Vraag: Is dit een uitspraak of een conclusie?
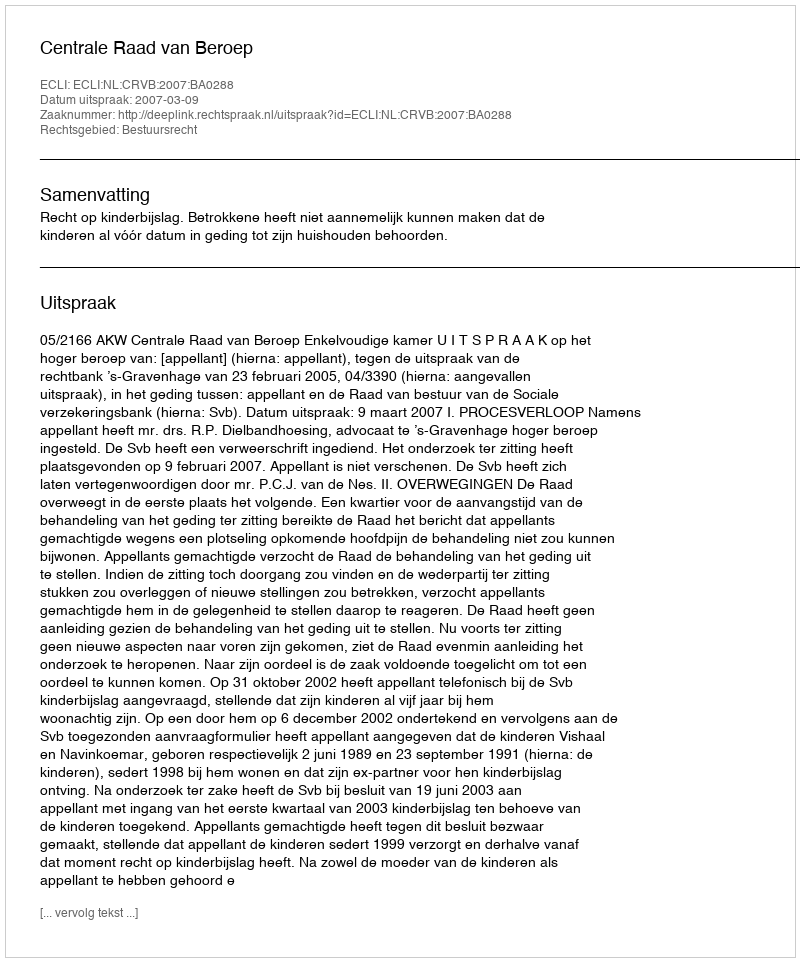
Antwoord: Uitspraak